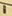
Text: 1